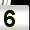
Digit: 5